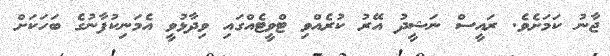
ޖާނު ކަމަށެވެ. ރައީސް ނަޝީދު އޭރު ކުރެއްވި ޓްވީޓެއްގައި ވިދާޅުވީ އެމަނިކުފާނުގެ ބަހަކަށް